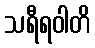
သရီရဝါတိ